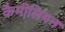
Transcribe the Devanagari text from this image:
कैमीलियन